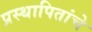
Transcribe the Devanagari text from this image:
प्रस्थापितांचे